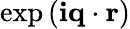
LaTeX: \exp{(\mathbf{i}\mathbf{{q}}\cdot\mathbf{{r}})}